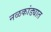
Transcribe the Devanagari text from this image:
नळकांड्यात